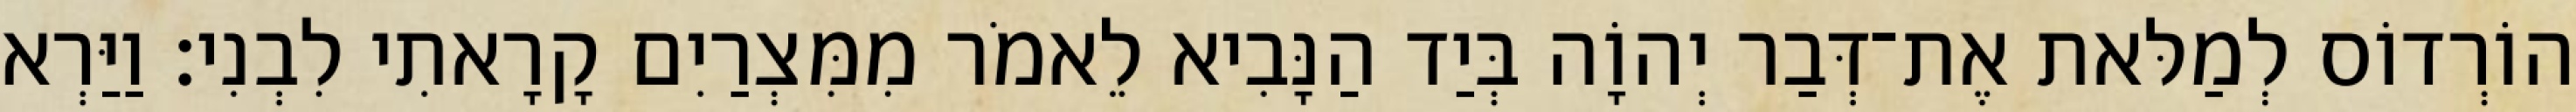
הוֹרְדוֹס לְמַלּאת אֶת־דְּבַר יְהוָֹה בְּיַד הַנָּבִיא לֵאמֹר מִמִּצְרַיִם קָרָאתִי לִבְנִי׃ וַיַּרְא